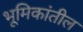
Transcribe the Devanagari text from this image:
भूमिकांतील